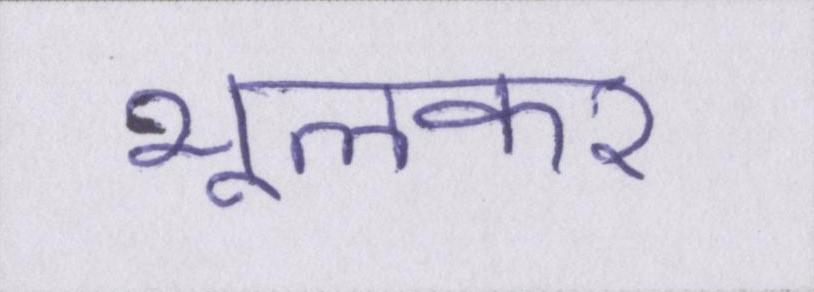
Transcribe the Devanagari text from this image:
भूलकर